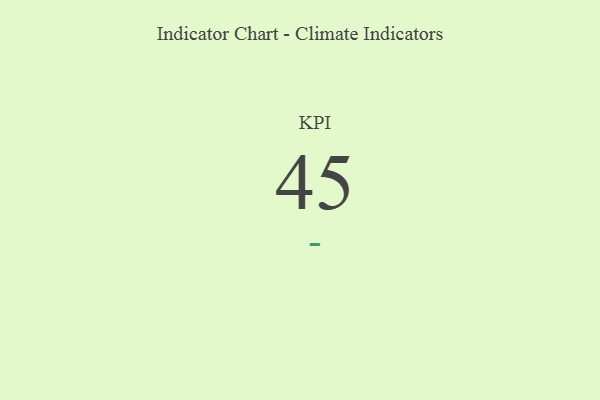
{"axis": {"x": "KPI", "y": "Value"}, "legend": [""], "data": [{"x": "KPI", "y": 45, "type": ""}]}